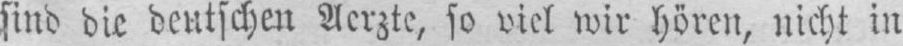
sind die deutschen Aerzte, so viel wir hören, nicht in